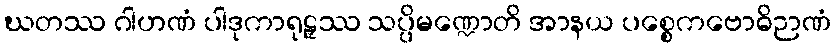
ဃတဿ ဂါဟဏံ ပါဒုကာရုဠှဿ သပ္ပိမဏ္ဍောတိ အာနယ ပစ္စေကဗောဓိဉာဏံ